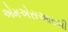
એમએસઆરબી